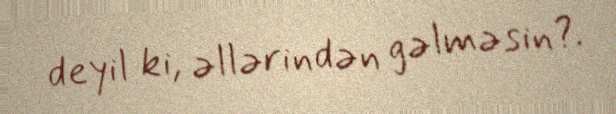
deyil ki, əllərindən gəlməsin?.